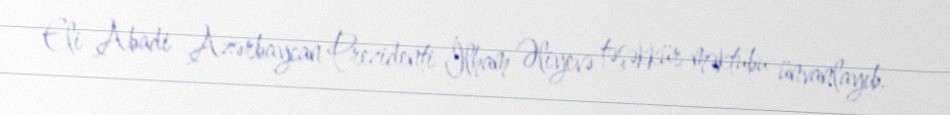
Eli Abadi Azərbaycan Prezidenti İlham Əliyevə təşəkkür məktubu ünvanlayıb.